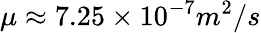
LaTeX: \mu\approx 7.25\times 10^{-7}m^{2}/s